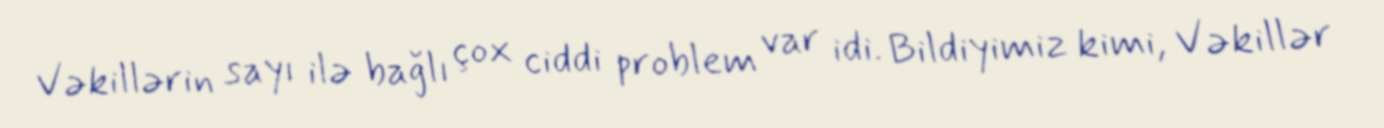
Vəkillərin sayı ilə bağlı çox ciddi problem var idi. Bildiyimiz kimi, Vəkillər